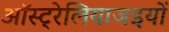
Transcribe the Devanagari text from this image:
ऑस्ट्रेलियाजइयों